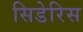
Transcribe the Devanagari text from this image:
सिडेरिस